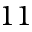
1 1